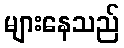
များနေသည်